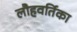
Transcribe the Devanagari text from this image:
लौहवर्तिका